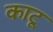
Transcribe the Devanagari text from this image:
काटू